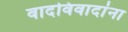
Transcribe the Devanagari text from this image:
वादविवादांना